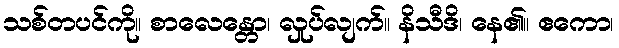
သစ်တပင်ကို။ စာလေန္တော၊ လှုပ်လျက်။ နိသီဒိ၊ နေ၏။ ဧကော၊